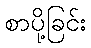
စာပို့ခြင်း